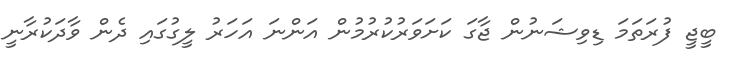
ބީޖީ ފުރަތަމަ ޑިވިޝަނުން ޖާގަ ކަށަވަރުކުރުމުން އަންނަ އަހަރު ލީގުގައި ދެން ވާދަކުރާނީ